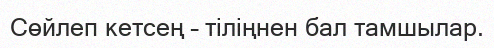
Сөйлеп кетсең – тіліңнен бал тамшылар.